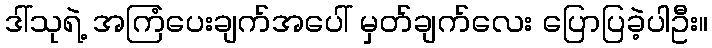
ဒါ်သုရဲ့ အကြံပေးချက်အပေါ် မှတ်ချက်လေး ပြောပြခဲ့ပါဦး။